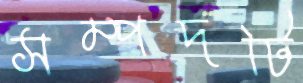
সম্পদটি